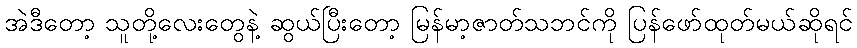
အဲဒီတော့ သူတို့လေးတွေနဲ့ ဆွယ်ပြီးတော့ မြန်မာ့ဇာတ်သဘင်ကို ပြန်ဖော်ထုတ်မယ်ဆိုရင်